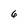
Character: 6